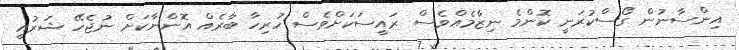
އިންސާނުން ގޯސްކުރަނީ ކޮންމެ ނިޒާމެއްވެސް ރައީސަކަށްވެސް ހުރިހާ ބާރެއް އޮންނާކަށް ނުޖެހޭ ޝަރުއީ